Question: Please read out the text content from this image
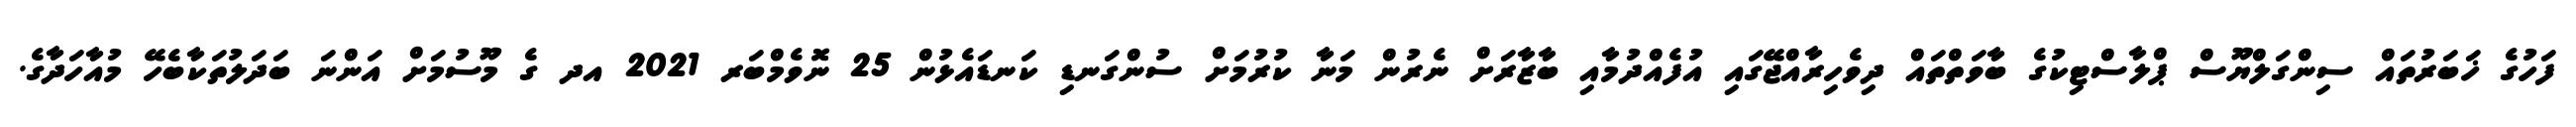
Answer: ފަހުގެ ޚަބަރުތައް ސިންގަލްޔޫސް ޕްލާސްޓިކުގެ ބާވަތްތައް ދިވެހިރާއްޖޭގައި އުފެއްދުމާއި ބާޒާރަށް ނެރުން މަނާ ކުރުމަށް ސުންގަނޑި ކަނޑައެޅުން 25 ނޮވެމްބަރ 2021 އދ ގެ މޫސުމަށް އަންނަ ބަދަލުތަކާބެހޭ މުއާހަދާގެ.